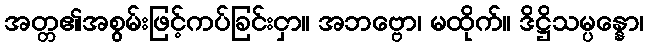
အတ္တ၏အစွမ်းဖြင့်ကပ်ခြင်းငှာ။ အဘဗ္ဗော၊ မထိုက်။ ဒိဋ္ဌိသမ္ပန္နော၊